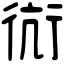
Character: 䘕